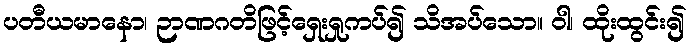
ပတီယမာနော၊ ဉာဏဂတိဖြင့်ရှေးရှုကပ်၍ သိအပ်သော။ ဝါ၊ ထိုးထွင်း၍